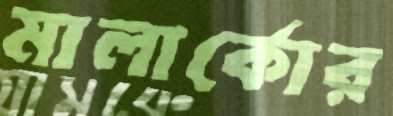
মালার্কোর